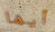
أيها